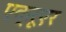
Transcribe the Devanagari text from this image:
एक्रूएर